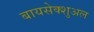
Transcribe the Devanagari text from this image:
बायसेक्शुअल